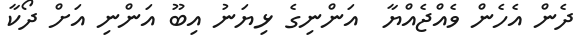
ދެން އެހެން ވެއްޖެއްޔާ  އަންނިގެ ޅިޔަނު އިބޫ އަންނި އަށް ދޯކާ